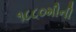
૧૮૮૦મીની